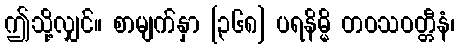
ဤသို့လျှင်။ စာမျက်နှာ [၃၆၈] ပရနိမ္မိ တဝသဝတ္တီနံ၊